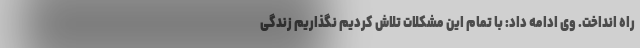
راه انداخت. وی ادامه داد: با تمام این مشکلات تلاش کردیم نگذاریم زندگی